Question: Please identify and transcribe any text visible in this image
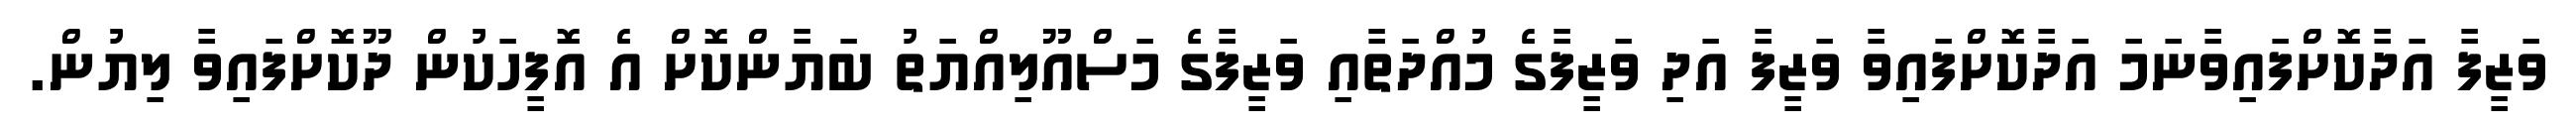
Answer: ވަޒީފާ އަދާކޮށްފައިވާނަމަ އަދާކޮށްފައިވާ ވަޒީފާ އަދި ވަޒީފާގެ މުއްދަތާއި ވަޒީފާގެ މަސްއޫލިއްޔަތު ބަޔާންކޮށް އެ އޮފީހަކުން ދޫކޮށްފައިވާ ލިޔުން.